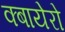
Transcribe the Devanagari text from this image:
क्बायेरो